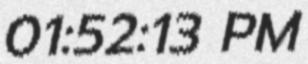
01:52:13 PM